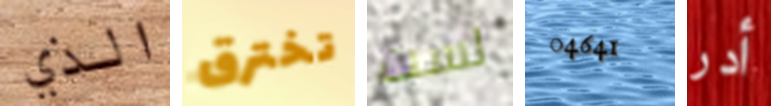
الذي تخترق لست 04641 أدر